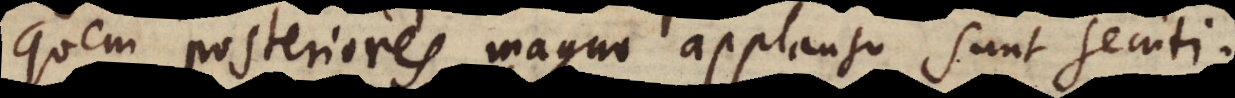
quem posteriores magno applausu sunt secuti.